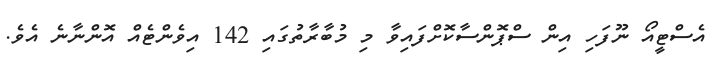
އެސްޓީއޯ ނޫފަހި އިން ސްޕޮންސާކޮށްފައިވާ މި މުބާރާތުގައި 142 އިވެންޓެއް އޮންނާނެ އެވެ.